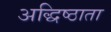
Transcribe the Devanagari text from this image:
अद्धिष्ठाता